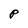
Character: p